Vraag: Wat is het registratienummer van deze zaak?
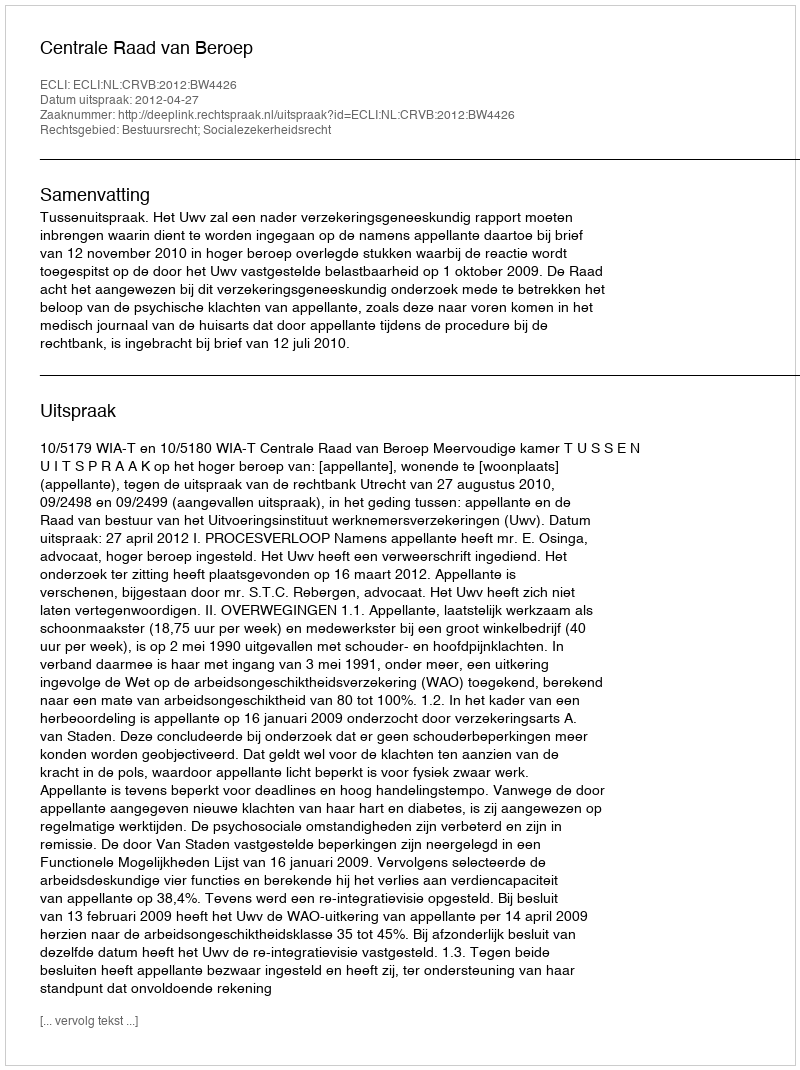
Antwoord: http://deeplink.rechtspraak.nl/uitspraak?id=ECLI:NL:CRVB:2012:BW4426